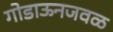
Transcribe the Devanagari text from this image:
गोडाऊनजवळ